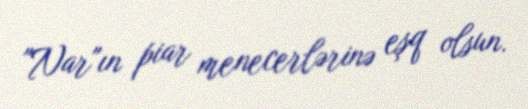
"Nar"ın piar menecerlərinə eşq olsun.